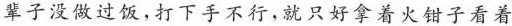
辈子没做过饭，打下手不得，就只好拿着火钳子看着